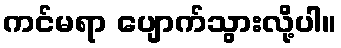
ကင်မရာ ပျောက်သွားလို့ပါ။